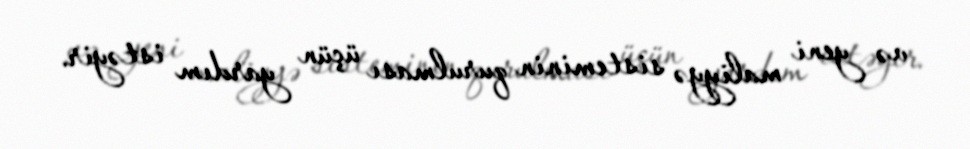
və yeni maliyyə sisteminin qurulması üçün yardım istəyir.